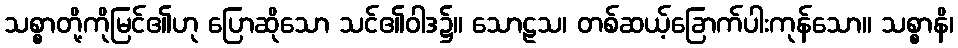
သစ္စာတို့ကိုမြင်၏ဟု ပြောဆိုသော သင်၏ဝါဒ၌။ သောဠသ၊ တစ်ဆယ့်ခြောက်ပါးကုန်သော။ သစ္စာနိ၊